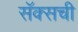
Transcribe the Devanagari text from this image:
सॅक्सची